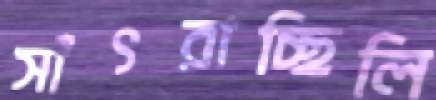
সাঁৎরাচ্ছিলি